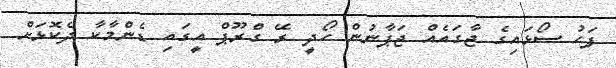
ފަހު ސޯޅައިގެ ޖާގައެއް ޖަޕާނުން ހޯދީ ރޭ ގްރޫޕް އީގައި ޑެންމާކާ ދެކޮޅަށް